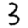
Digit: 3